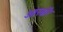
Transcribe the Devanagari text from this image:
आरबॉर